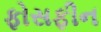
ફોસફીન